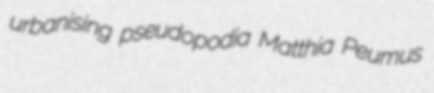
urbanising pseudopodia Matthia Peumus